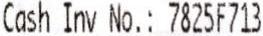
CASH INV NO.: 7825F713